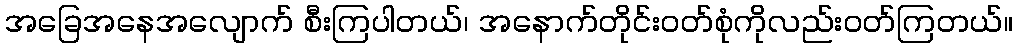
အခြေအနေအလျောက် စီးကြပါတယ်၊ အနောက်တိုင်းဝတ်စုံကိုလည်းဝတ်ကြတယ်။